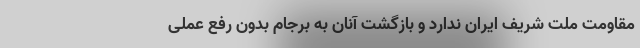
مقاومت ملت شریف ایران ندارد و بازگشت آنان به برجام بدون رفعِ عملیِ